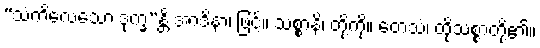
“သံကိလေသော ဒုက္ခ”န္တိ အာဒိနာ၊ ဖြင့်။ သစ္စာနိ၊ တို့ကို။ တေသံ၊ ထိုသစ္စာတို့၏။